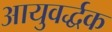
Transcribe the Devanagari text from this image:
आयुवर्द्धक